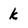
Character: k